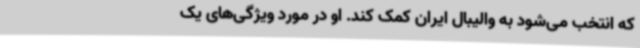
که انتخب می‌شود به والیبال ایران کمک کند. او در مورد ویژگی‌های یک